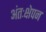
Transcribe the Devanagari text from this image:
अंतःक्षेपन